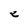
Character: e